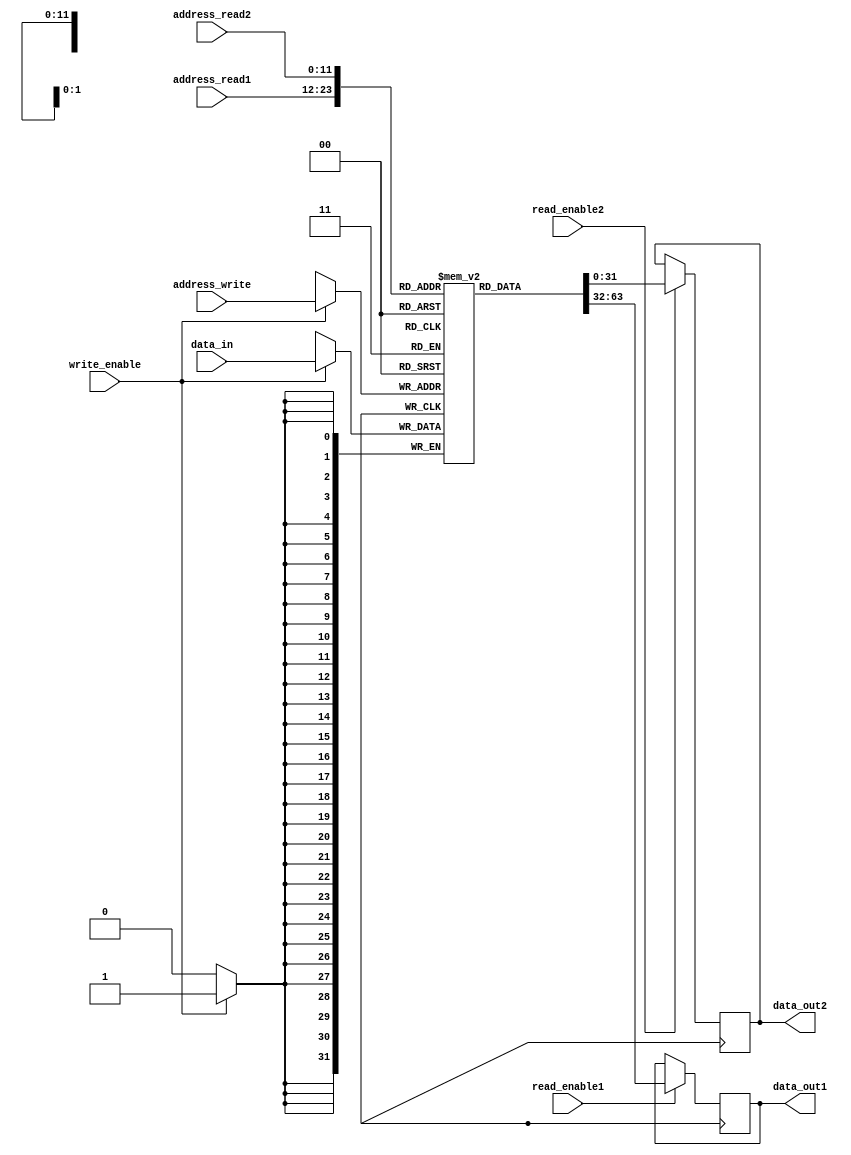
module dual_port_ram (
    input [11:0] address_read1,
    input [11:0] address_read2,
    input [11:0] address_write,
    input [31:0] data_in,
    input write_enable,
    input read_enable1,
    input read_enable2,
    output reg [31:0] data_out1,
    output reg [31:0] data_out2
);

reg [31:0] memory [0:4095];

always @ (posedge clock) begin
    if (write_enable)
        memory[address_write] <= data_in;
    
    if (read_enable1)
        data_out1 <= memory[address_read1];
    
    if (read_enable2)
        data_out2 <= memory[address_read2];
end

endmodule